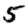
Digit: 5